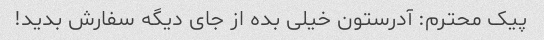
پیک محترم: آدرستون خیلی بده از جای دیگه سفارش بدید!